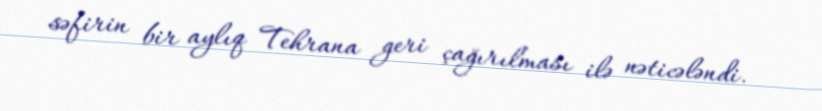
səfirin bir aylıq Tehrana geri çağırılması ilə nəticələndi.